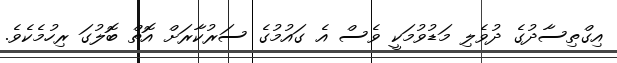
އިގްތިސާދުގެ ދުވެލި މަޑުވުމަކީ ވެސް އެ ގައުމުގެ ސަރުކާރަށް އޮތް ބޮލުގަ ރިހުމެކެވެ.